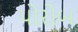
પોરોબ